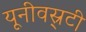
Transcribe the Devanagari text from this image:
यूनीवस्र्टी